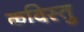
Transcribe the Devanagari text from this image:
कविस्तु